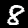
Digit: 8